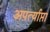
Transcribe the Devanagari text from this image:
अपर्त्याप्ता